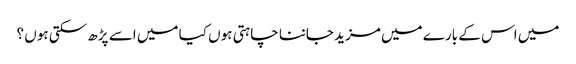
میں اس کے بارے میں مزید جاننا چاہتی ہوں کیا میں اسے پڑھ سکتی ہوں ؟